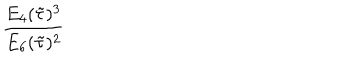
\frac { E _ { 4 } ( \tilde { \tau } ) ^ { 3 } } { E _ { 6 } ( \tilde { \tau } ) ^ { 2 } }